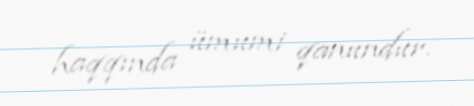
haqqında ümumi qanundur.